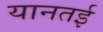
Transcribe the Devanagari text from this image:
यानतई